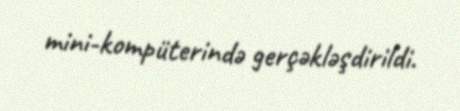
mini-kompüterində gerçəkləşdirildi.